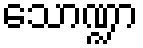
သောဏ္ဍာ